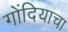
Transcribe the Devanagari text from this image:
गोंदियाचा